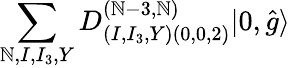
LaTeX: \sum_{\mathbb{N},I,I_{3},Y}D_{(I,I_{3},Y)(0,0,2)}^{(\mathbb{N}-3,\mathbb{N})}|0,\hat{{g}}\rangle